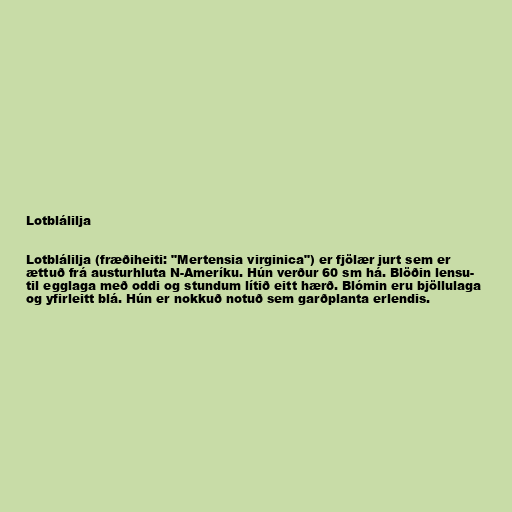
Lotblálilja

Lotblálilja (fræðiheiti: "Mertensia virginica") er fjölær jurt sem er
ættuð frá austurhluta N-Ameríku. Hún verður 60 sm há. Blöðin lensu-
til egglaga með oddi og stundum lítið eitt hærð. Blómin eru bjöllulaga
og yfirleitt blá. Hún er nokkuð notuð sem garðplanta erlendis.